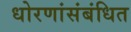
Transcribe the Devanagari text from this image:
धोरणांसंबंधित